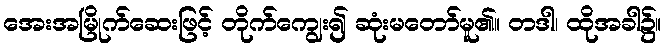
အေးအမြိုက်ဆေးဖြင့် တိုက်ကျွေး၍ ဆုံးမတော်မူ၏။ တဒါ၊ ထိုအခါ၌။